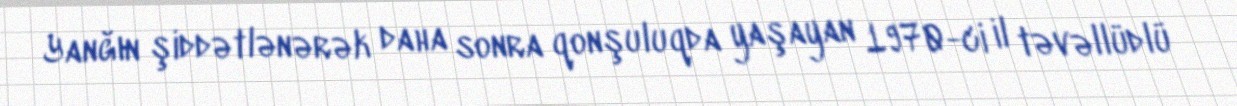
Yanğın şiddətlənərək daha sonra qonşuluqda yaşayan 1970-ci il təvəllüdlü